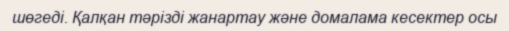
шөгеді. Қалқан тәрізді жанартау және домалама кесектер осы